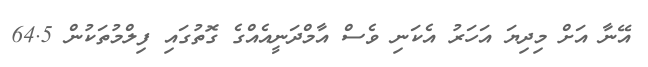
އޭނާ އަށް މިދިޔަ އަހަރު އެކަނި ވެސް އާމްދަނީއެއްގެ ގޮތުގައި ފިލްމުތަކުން 64.5